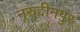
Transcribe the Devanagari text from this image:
नूरुद्दीनपुर